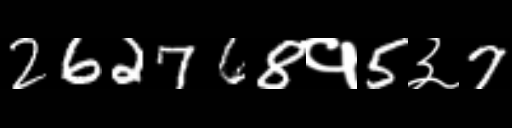
Text: 262768१5३7